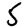
Digit: 5